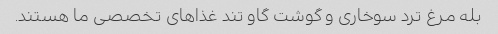
بله مرغ ترد سوخاری و گوشت گاو تند غذاهای تخصصی ما هستند.